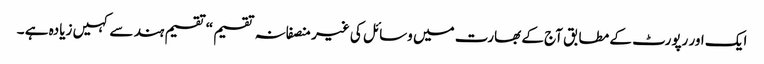
ایک اور رپورٹ کے مطابق آج کے بھارت میں وسائل کی غیر منصفانہ تقسیم “تقسیم ہند سے کہیں زیادہ ہے ۔